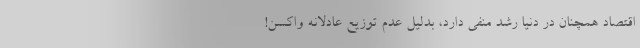
اقتصاد همچنان در دنیا رشد منفی دارد، بدلیل عدم توزیع عادلانه واکسن!